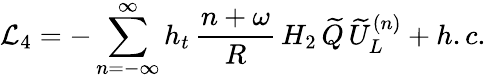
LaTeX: \mathcal{L}_{4}=-\sum_{n=-\infty}^{\infty}h_{t}\, \frac{n+\omega}{R}\, H_{2}\, \widetilde{Q}\, \widetilde{U}_{L}^{(n)}+h.c.